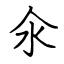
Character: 氽